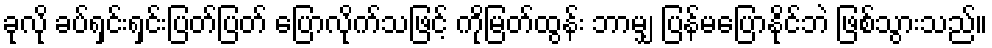
ခုလို ခပ်ရှင်းရှင်းပြတ်ပြတ် ပြောလိုက်သဖြင့် ကိုမြတ်ထွန်း ဘာမျှ ပြန်မပြောနိုင်ဘဲ ဖြစ်သွားသည်။